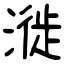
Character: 漇